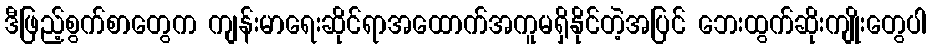
ဒီဖြည့်စွက်စာတွေက ကျန်းမာရေးဆိုင်ရာအထောက်အကူမရှိနိုင်တဲ့အပြင် ဘေးထွက်ဆိုးကျိုးတွေပါ